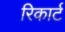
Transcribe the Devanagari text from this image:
रिकार्ट